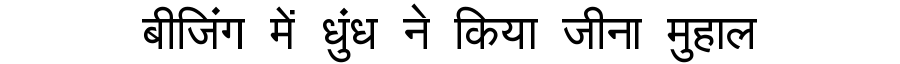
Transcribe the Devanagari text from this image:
बीजिंग में धुंध ने किया जीना मुहाल